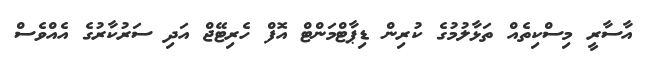
އާސާރީ މިސްކިތެއް ތަޅާލުމުގެ ކުރިން ޑިޕާޓްމަންޓް އޮފް ހެރިޓޭޖް އަދި ސަރުކާރުގެ އެއްވެސް